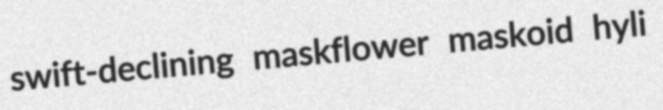
swift-declining maskflower maskoid hyli